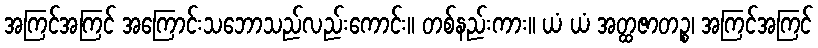
အကြင်အကြင် အကြောင်းသဘောသည်လည်းကောင်း။ တစ်နည်းကား။ ယံ ယံ အတ္ထဇာတဉ္စ၊ အကြင်အကြင်